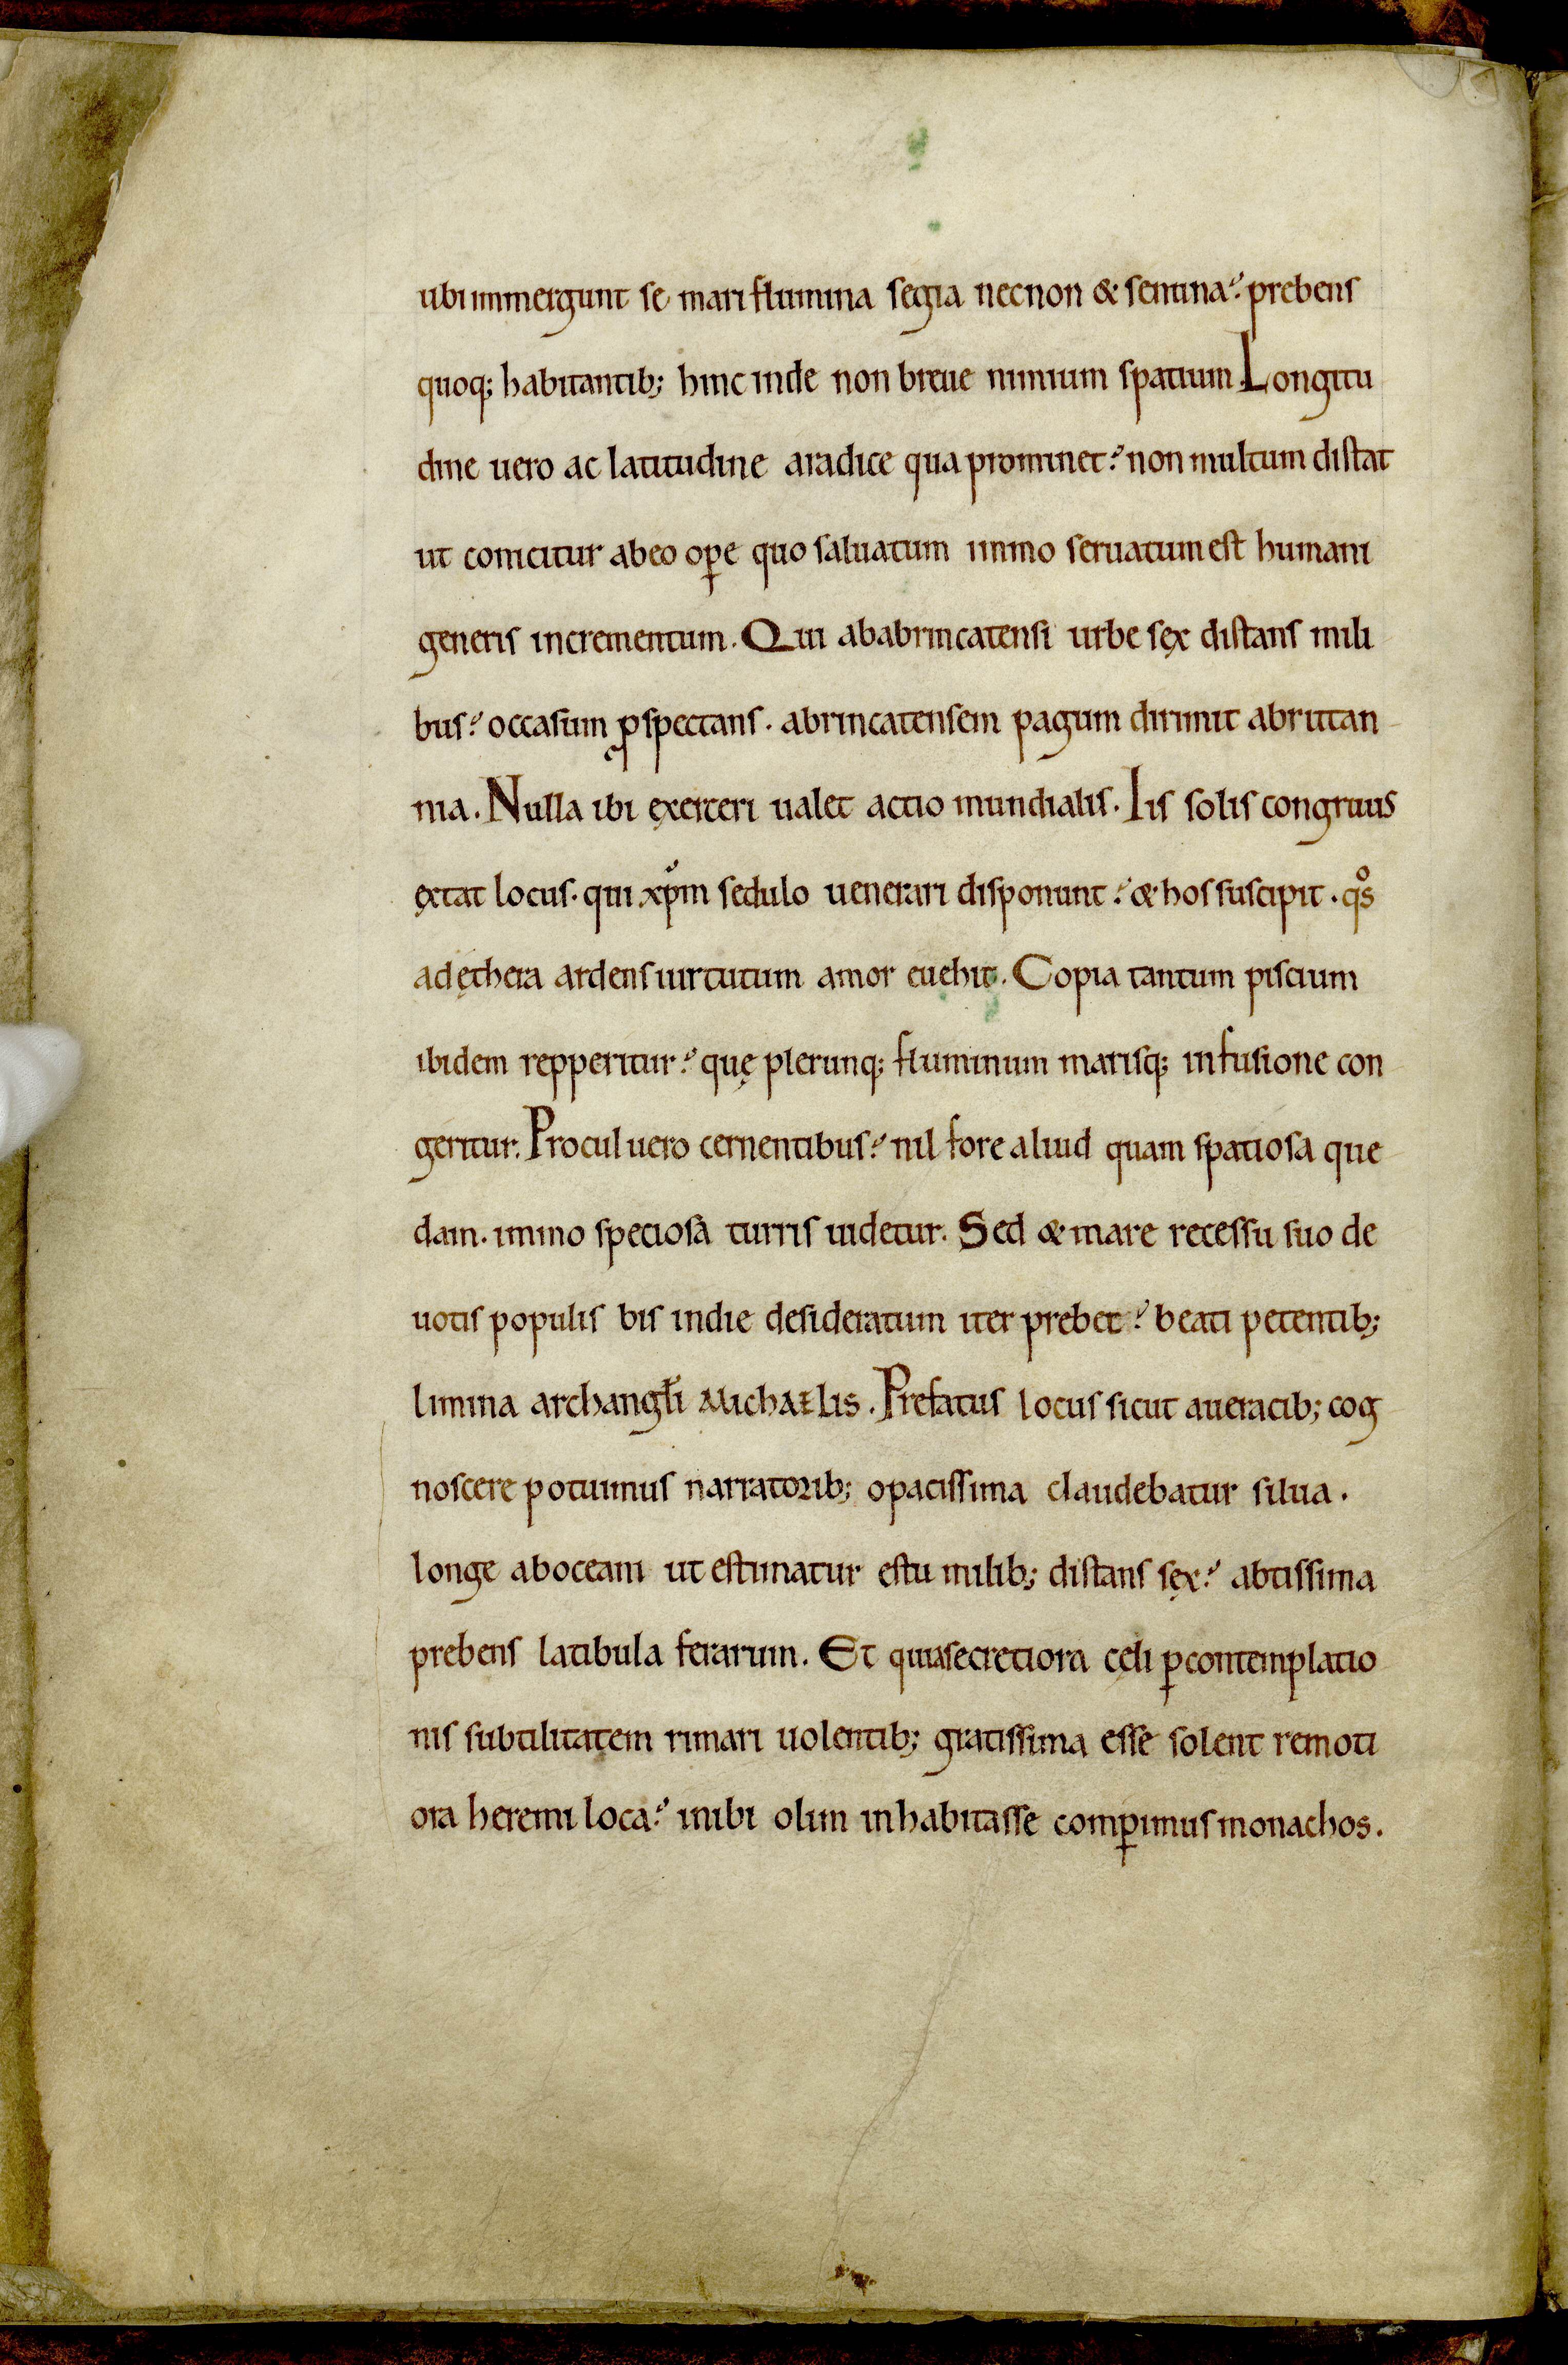
Shelfmark: Avranches, Bibliothèque municipale, 0210
Century: 12